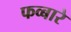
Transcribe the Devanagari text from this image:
फव्‍बारे